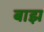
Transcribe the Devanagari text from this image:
बाझ